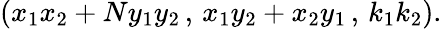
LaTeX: (x_{1}x_{2}+Ny_{1}y_{2}\, ,\, x_{1}y_{2}+x_{2}y_{1}\, ,\, k_{1}k_{2}).